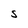
Character: S